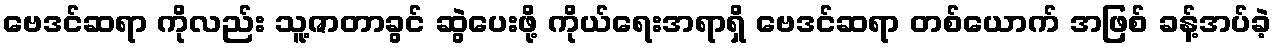
ဗေဒင်ဆရာ ကိုလည်း သူ့ဇာတာခွင် ဆွဲပေးဖို့ ကိုယ်ရေးအရာရှိ ဗေဒင်ဆရာ တစ်ယောက် အဖြစ် ခန့်အပ်ခဲ့